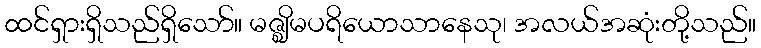
ထင်ရှားရှိသည်ရှိသော်။ မဇ္ဈိမပရိယောသာနေသု၊ အလယ်အဆုံးတို့သည်။